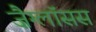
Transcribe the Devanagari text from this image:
ज़ैग्लॉसस